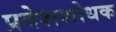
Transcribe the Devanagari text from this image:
प्रदेशशोधक